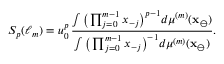
S _ { p } ( \ell _ { m } ) = u _ { 0 } ^ { p } \, \frac { \int \big ( \prod _ { j = 0 } ^ { m - 1 } x _ { - j } \big ) ^ { p - 1 } d \mu ^ { ( m ) } ( \mathbf { x } _ { \ominus } ) } { \int \big ( \prod _ { j = 0 } ^ { m - 1 } x _ { - j } \big ) ^ { - 1 } d \mu ^ { ( m ) } ( \mathbf { x } _ { \ominus } ) } .